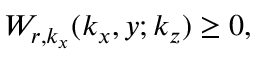
W _ { r , k _ { x } } ( k _ { x } , y ; k _ { z } ) \geq 0 ,